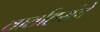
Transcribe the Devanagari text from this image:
वार्ताहरांचे